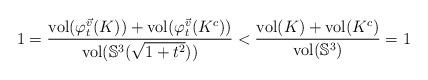
LaTeX: \begin{align*}1=\frac{\mathrm{vol}(\varphi_{t}^{\vec{v}}(K))+\mathrm{vol}(\varphi_{t}^{\vec{v}}(K^{c}))}{\mathrm{vol}(\mathbb{S}^{3}(\sqrt{1+t^{2}}))}<\frac{\mathrm{vol}(K)+\mathrm{vol}(K^{c})}{\mathrm{vol}(\mathbb{S}^{3})}=1\end{align*}